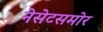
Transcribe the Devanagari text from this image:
नेसेटसमोर